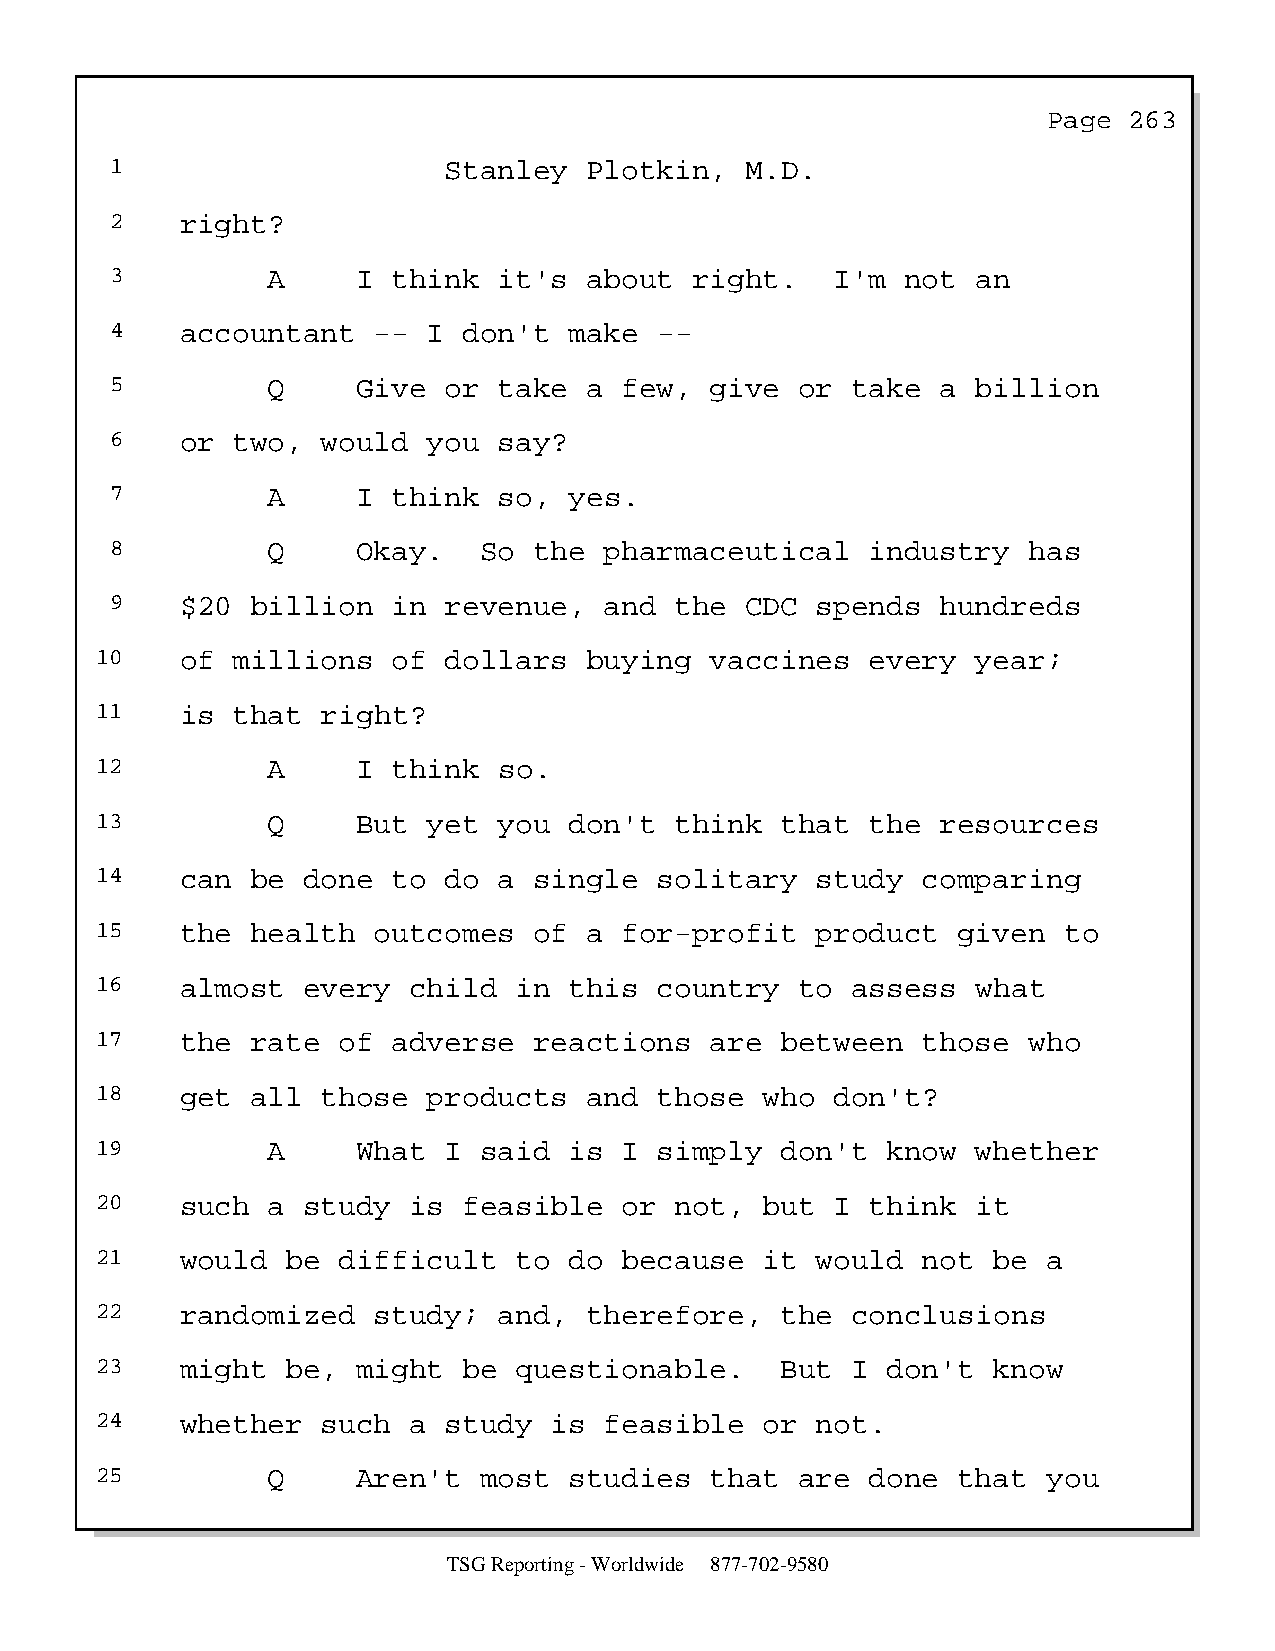
Page  263
 1                     Stanley   Plotkin,  M.D.
 2    right?
 3          A     I think  it's  about  right.   I'm  not  an
 4    accountant   -- I  don't  make  --
 5          Q     Give or  take  a few,  give  or take  a  billion
 6    or two,  would  you  say?
 7          A     I think  so,  yes.
 8          Q     Okay.   So the  pharmaceutical    industry  has
 9    $20  billion  in revenue,   and  the CDC  spends  hundreds
 10    of millions   of dollars   buying  vaccines   every  year;
 11    is that  right?
 12          A     I think  so.
 13          Q     But yet  you  don't  think  that  the resources
 14    can  be done  to do  a single   solitary  study  comparing
 15    the  health  outcomes  of  a for-profit   product  given  to
 16    almost  every  child  in  this  country  to assess   what
 17    the  rate of  adverse  reactions   are  between  those  who
 18    get  all those  products   and  those  who don't?
 19          A     What I  said  is I  simply  don't  know  whether
 20    such  a study  is  feasible  or  not,  but I  think  it
 21    would  be difficult   to  do because   it would  not  be a
 22    randomized   study;  and,  therefore,   the conclusions
 23    might  be,  might  be questionable.     But I  don't  know
 24    whether  such  a study  is  feasible   or not.
 25          Q     Aren't  most  studies  that  are  done that  you
 TSG Reporting - Worldwide 877-702-9580